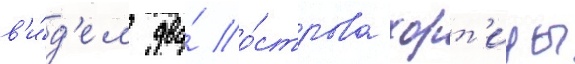
в'и́д'ел два́ о́строва хорт'ицы